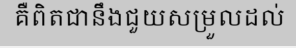
គឺពិតជានឹងជួយសម្រួលដល់